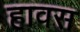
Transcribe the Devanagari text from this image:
हावस